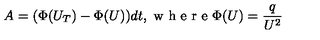
A = ( \Phi ( U _ { T } ) - \Phi ( U ) ) d t , \textrm { w h e r e } \Phi ( U ) = \frac { q } { U ^ { 2 } }